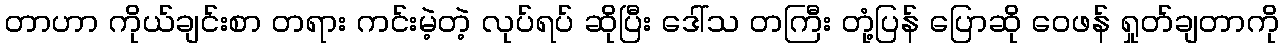
တာဟာ ကိုယ်ချင်းစာ တရား ကင်းမဲ့တဲ့ လုပ်ရပ် ဆိုပြီး ဒေါ်သ တကြီး တုံ့ပြန် ပြောဆို ဝေဖန် ရှုတ်ချတာကို